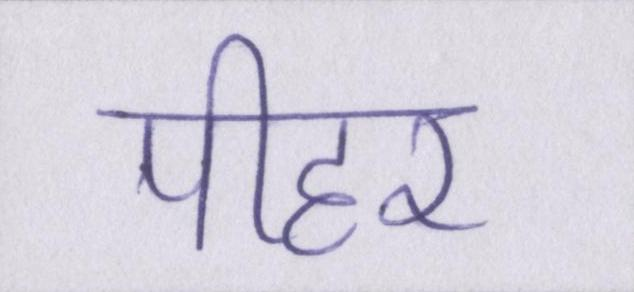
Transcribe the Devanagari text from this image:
पीहर